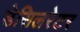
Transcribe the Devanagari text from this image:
डेसिलरेटर